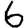
Digit: 6